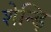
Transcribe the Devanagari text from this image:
शेन्ड़ि